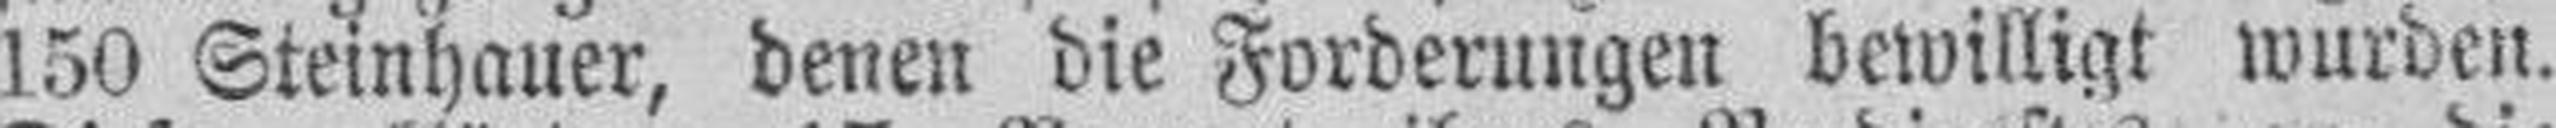
150 Steinhauer, denen die Forderungen bewilligt wurden.